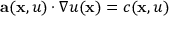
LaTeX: \mathbf { a } ( \mathbf { x } , u ) \cdot \nabla u ( \mathbf { x } ) = c ( \mathbf { x } , u )